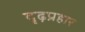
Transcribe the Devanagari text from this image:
दृढ़प्रहार